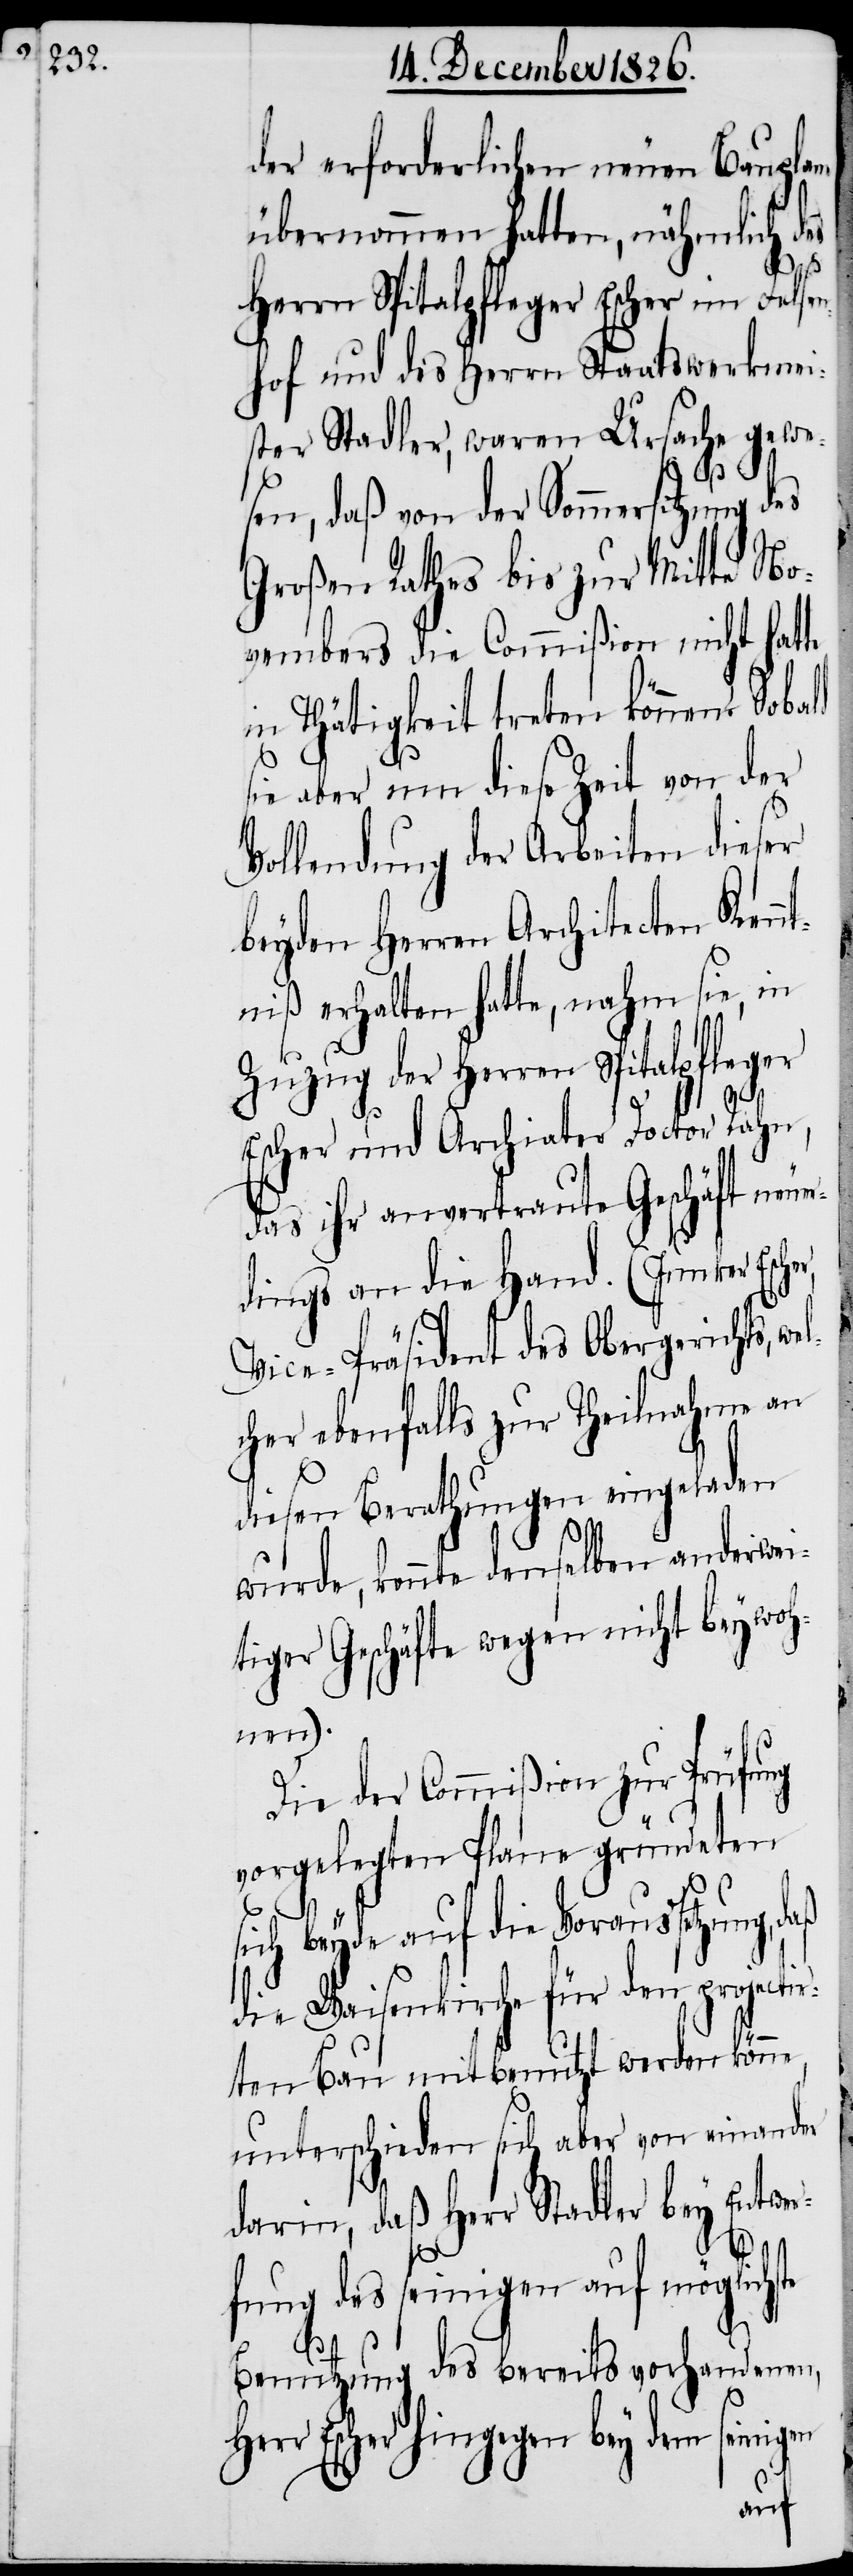
der erforderlichen neuen Bauplane
übernommen hatten, nähmlich d¬
daß
Herrn Spitalpfleger Escher im Felsen¬
hof und des Herrn Staatswerkmei¬
ster Stadler, waren Ursache gewe¬
sen, daß von der Sommersitzung des
Großen Rathes bis zur Mitte No¬
vembers die Commißion nicht hatte
in Thätigkeit treten können. Sobald
ie aber nun diese Zeit von der
Vollendung der Arbeiten dieser
beyden Herren Architecten Kenn¬
tniß erhalten hatte, nahm sie, in
Zuzug der Herren Spitalpfleger
Escher und Archiater Doctor Rahn,
das ihr anvertraute Geschäft neu¬
dings an die Hand. (Junker Esch¬
Vice-Präsident des Obergerichts,
cher ebenfalls zur Theilnahme an
diesen Berathungen eingeladen
wurde, konnte denselben anderwei¬
tiger Geschäfte wegen nicht beywoh¬
nen).
Die der Commißion zur Prüfung
vorgelegten Plane gründeten
beyde auf die Voraussetz¬
die Waisenkirche für den projectir¬
ten Bau mitbenutzt werden könne,
unterscheiden sich aber von einander
darin, daß Herr Stadler bey Entwe¬
rfung des seinigen auf möglichs¬
Her¬
Benutzung des bereits vorhandenen,
r Escher hingegen bey dem seinig¬
en